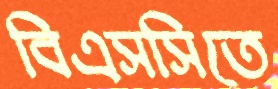
বিএসসিতে